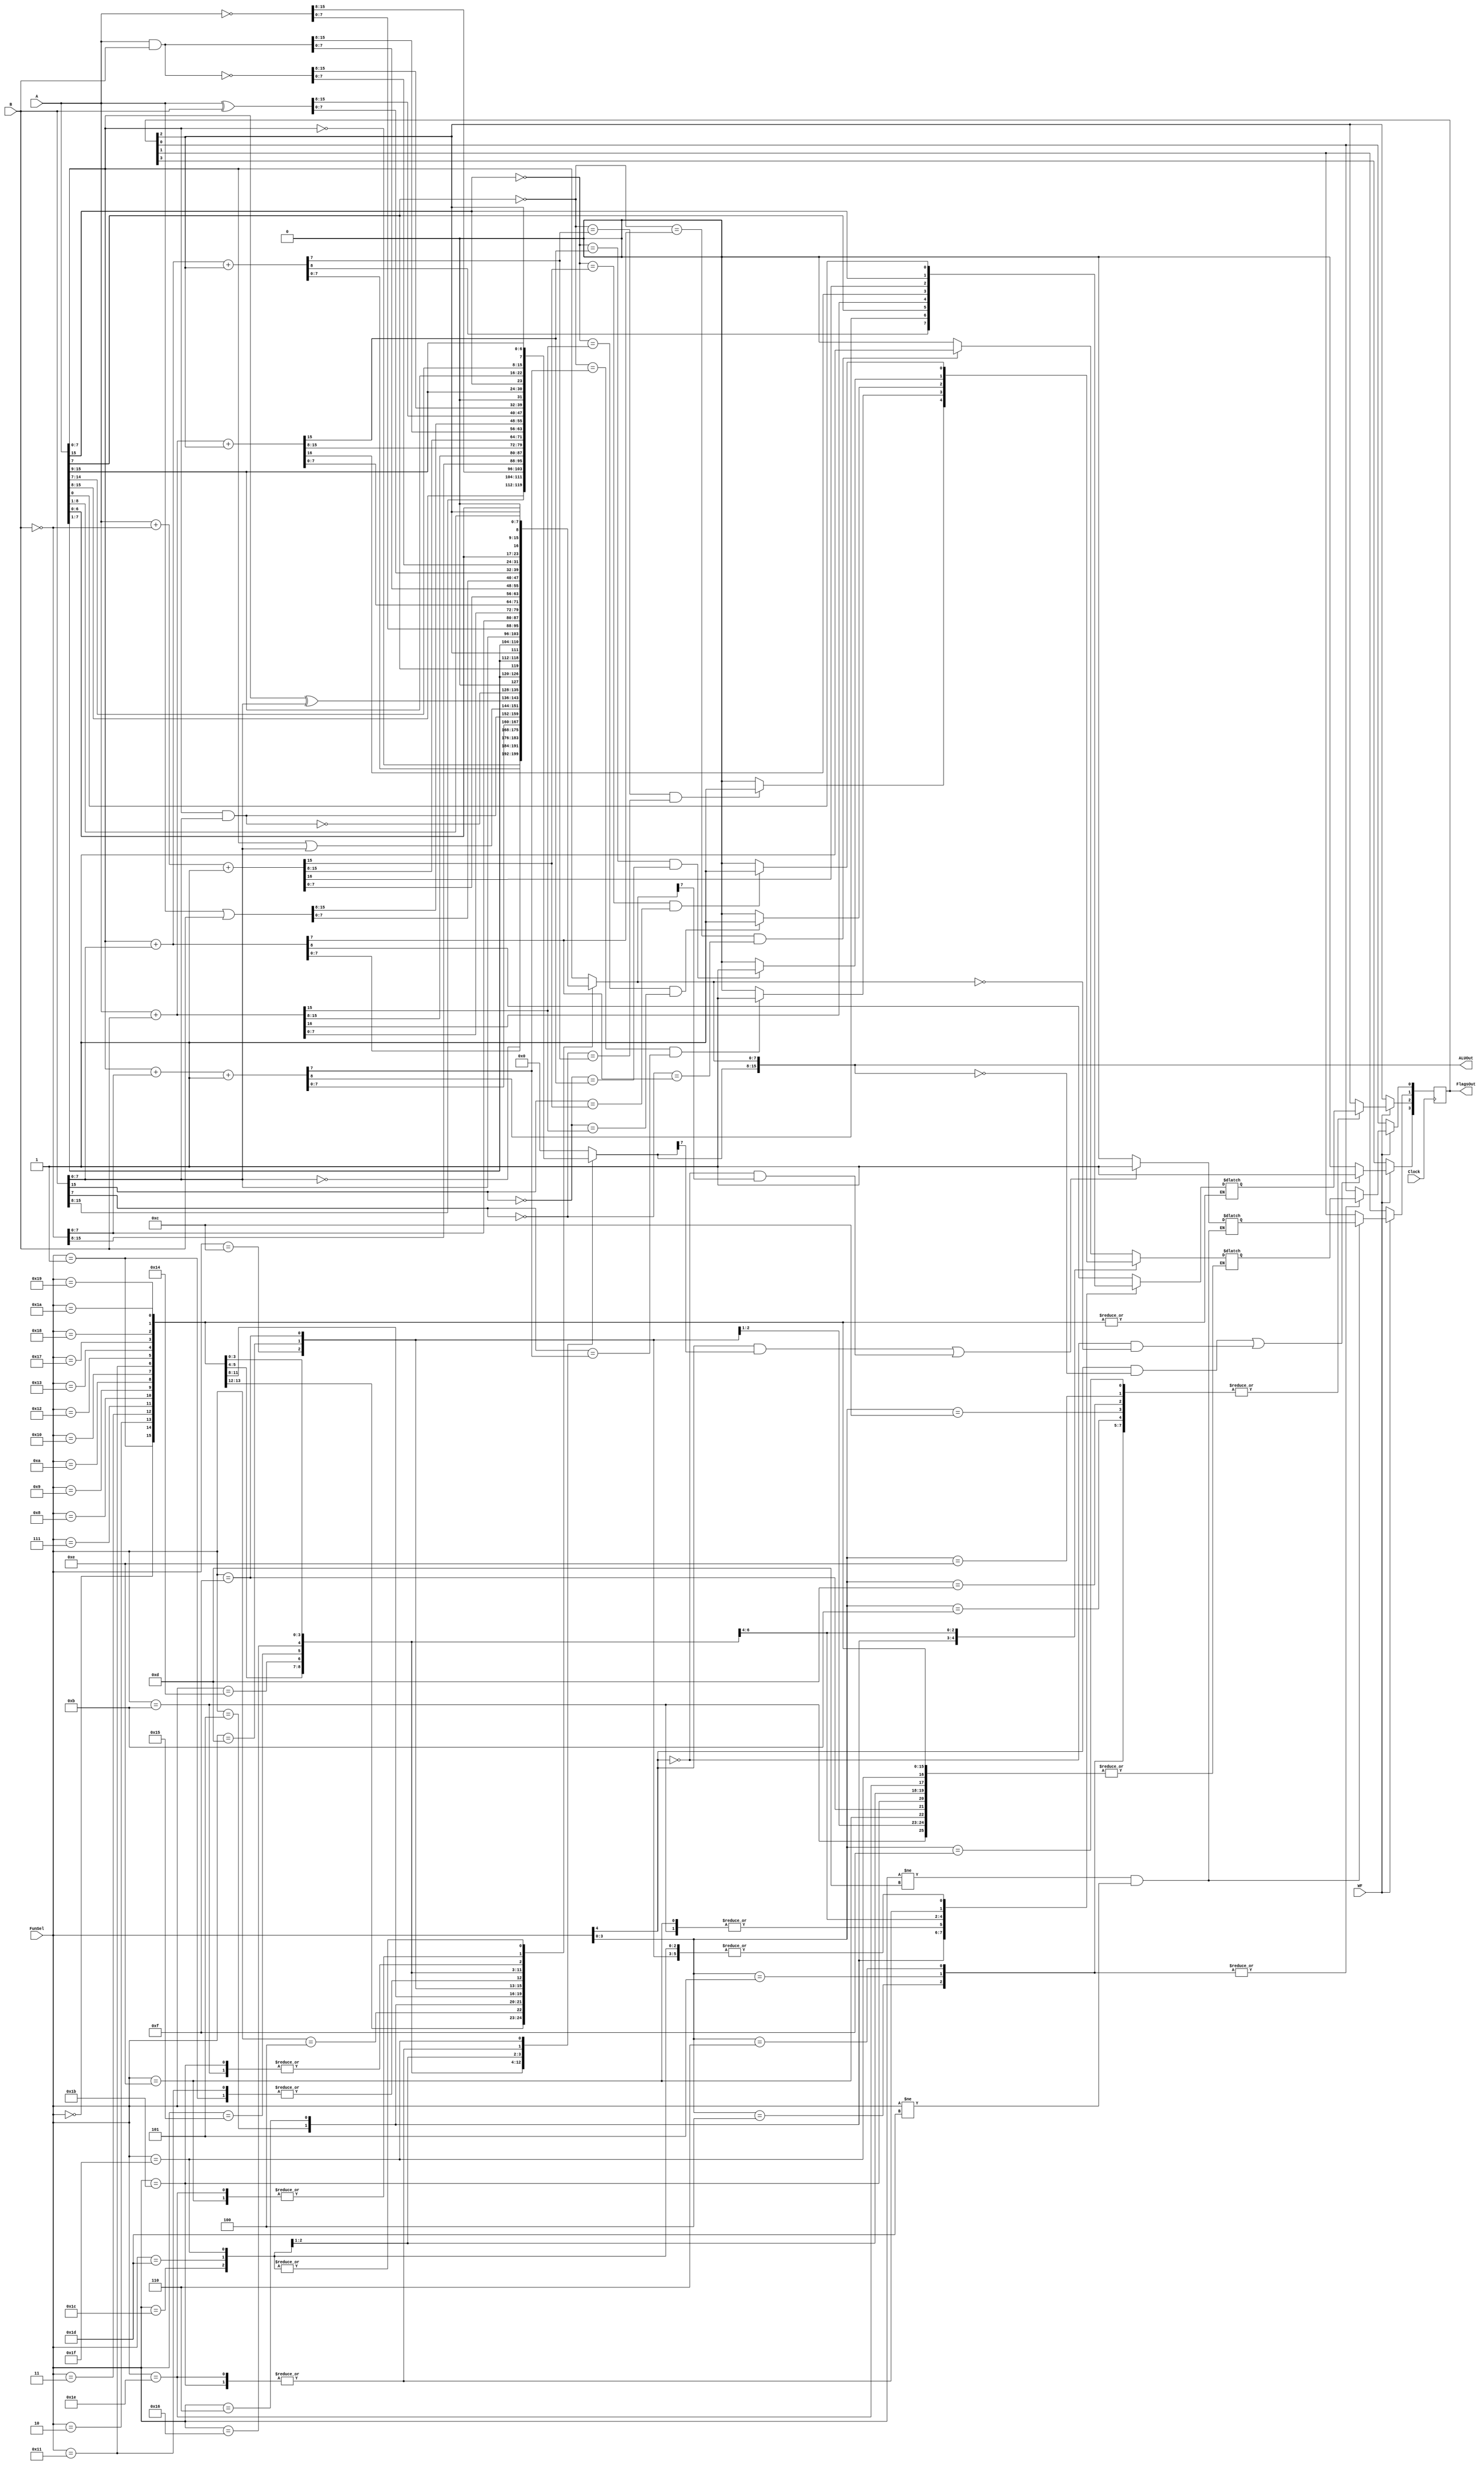
`timescale 1ns / 1ps
//////////////////////////////////////////////////////////////////////////////////
// Company: 
// Engineer: 
// 
// Design Name: 
// Module Name: ArithmeticLogicUnit
// Project Name: 
// Target Devices: 
// Tool Versions: 
// Description: 
// 
// Dependencies: 
// 
// Revision:
// Revision 0.01 - File Created
// Additional Comments:
// 
//////////////////////////////////////////////////////////////////////////////////


module ArithmeticLogicUnit(A, B, FunSel, WF, Clock, ALUOut, FlagsOut);
    input wire [15:0] A;
    input wire [15:0] B;
    input wire [4:0] FunSel;
    input wire WF;
    input wire Clock;
    
    output reg [15:0] ALUOut;
    output reg [3:0] FlagsOut; // Z|C|N|O
    
    reg Z, C, N, O;
    reg [15:0] comp; // for the complement of input
    
    initial begin
        ALUOut = 16'b0;
        FlagsOut = 4'b0;
        {Z, C, N, O} = FlagsOut;
    end
    
    always @(*) begin
        case(FunSel)
            5'b00000: ALUOut = {8'b0, A[7:0]};
            5'b00001: ALUOut = {8'b0, B[7:0]};
            5'b00010: ALUOut = {8'b0, ~A[7:0]};
            5'b00011: ALUOut = {8'b0, ~B[7:0]};
            5'b00100:  begin // ALUOut = A + B
                ALUOut = 15'b0;
                {C, ALUOut[7:0]} = A[7:0] + B[7:0];
                    if ((~A[7] == ALUOut[7]) && (~B[7] == ALUOut[7]))
                       O = 1;
                   else
                       O = 0;
            end
            5'b00101:  begin // ALUOut = A + B + Cin
                ALUOut = 15'b0;
                {C, ALUOut[7:0]} = A[7:0] + B[7:0] + FlagsOut[2];
                    if ((~A[7] == ALUOut[7]) && (~B[7] == ALUOut[7]))
                       O = 1;
                   else
                       O = 0;
            end
            5'b00110: begin // ALUOut = A - B
                comp = ~B;
                ALUOut = 15'b0;
                {C, ALUOut[7:0]} = A[7:0] + comp[7:0] + 1;
                if ((~A[7] == ALUOut[7]) && (B[7] == ALUOut[7]))
                    O = 1;
                else
                    O = 0;
            end
            5'b00111: ALUOut = {8'b0, A[7:0] & B[7:0]};
            5'b01000: ALUOut = {8'b0, A[7:0] | B[7:0]};
            5'b01001: ALUOut = {8'b0, A[7:0] ^ B[7:0]};
            5'b01010: ALUOut = {8'b0, ~(A[7:0] & B[7:0])};
            5'b01011: begin // LSL A
                ALUOut = {8'b0, A[6:0], 1'b0};
                C = A[7];
            end
            5'b01100: begin // LSR A
                ALUOut = {8'b0, 1'b0, A[7:1]};
                C = A[0];
            end
            5'b01101: begin // ASR A
                ALUOut = {8'b0, A[7], A[7:1]};
                C = A[0];
            end
            5'b01110: begin // CSL A
                C = A[7];
                ALUOut = {8'b0, A[6:0], FlagsOut[2]};
            end
            5'b01111: begin // CSR A
                C = A[0];
                ALUOut = {8'b0, FlagsOut[2], A[7:1]};
            end
            5'b10000: ALUOut = A;
            5'b10001: ALUOut = B;
            5'b10010: ALUOut = ~A; 
            5'b10011: ALUOut = ~B;
            5'b10100: begin // ALUOut = A + B
                {C, ALUOut} = A + B;
                if ((~A[15] == ALUOut[15]) && (~B[15] == ALUOut[15]))
                    O = 1;
                else
                    O = 0;
            end
            5'b10101: begin // ALUOut = A + B + Cin
                {C, ALUOut} = A + B + FlagsOut[2];
                if ((~A[15] == ALUOut[15]) && (~B[15] == ALUOut[15]))
                    O = 1;
                else
                    O = 0;
            end
            5'b10110: begin // ALUOut = A - B
                comp = ~B;
                {C, ALUOut} = A + comp + 1;
                if ((~A[15] == ALUOut[15]) && (B[15] == ALUOut[15]))
                    O = 1;
                else
                    O = 0;
            end
            5'b10111: ALUOut = A & B;
            5'b11000: ALUOut = A | B;
            5'b11001: ALUOut = A ^ B;
            5'b11010: ALUOut = ~(A & B);
            5'b11011: begin // LSL A
                ALUOut = {A[14:0], 1'b0};
                C = A[15];
            end
            5'b11100: begin // LSR A
                ALUOut = {1'b0, A[15:1]};
                C = A[0];
            end
            5'b11101: begin // ASR A
                ALUOut = {A[15], A[15:1]};
                C = A[0];
            end
            5'b11110: begin // CSL A
                C = A[15];
                ALUOut = {A[14:0], FlagsOut[2]};
            end
            5'b11111: begin // CSR A
                C = A[0];
                ALUOut = {FlagsOut[2], A[15:1]};
            end
        endcase
        
        if ((FunSel[4] && ALUOut == 15'b0) || (~FunSel[4] && ALUOut[7:0] == 8'b0))
            Z = 1;
        else
            Z = 0;    
        if ((FunSel != 5'b01101) && (FunSel != 5'b11101)) begin
            if ((FunSel[4] && ALUOut[15]) || (~FunSel[4] && ALUOut[7]))
                N = 1;
            else
                N = 0;
        end
    end
    
    always @(posedge Clock) begin
        if(WF) begin
            case (FunSel[3:0])
                4'b0100: begin
                    FlagsOut[0] = O;
                    FlagsOut[2] = C;
                end
                4'b0101: begin
                    FlagsOut[0] = O;
                    FlagsOut[2] = C;
                end
                4'b0110: begin
                    FlagsOut[0] = O;
                    FlagsOut[2] = C;
                end
                4'b1011: FlagsOut[2] = C;
                4'b1100: FlagsOut[2] = C;
                4'b1101: FlagsOut[2] = C;
                4'b1110: FlagsOut[2] = C;
                4'b1111: FlagsOut[2] = C;
            endcase
            
            if ((FunSel != 5'b01101) && (FunSel != 5'b11101))
                FlagsOut[1] = N;
                
            FlagsOut[3] = Z;
       end 
    end
    
endmodule